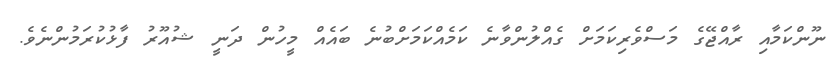
ނޫންކަމާއި ރާއްޖޭގެ މަސްވެރިކަމަށް ގެއްލުންވާނެ ކަމެއްކަމަށްބުނެ ބައެއް މީހުން ދަނީ ޝުއޫރު ފާޅުކުރަމުންނެވެ.